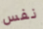
نفس